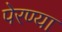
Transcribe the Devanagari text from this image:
पेरण्या